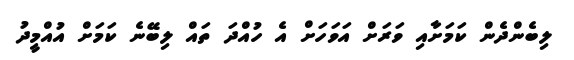
ލިބެންދެން ކަމަށާއި ވަރަށް އަވަހަށް އެ ހުއްދަ ތައް ލިބޭނެ ކަމަށް އުއްމީދު